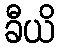
ခီယိ